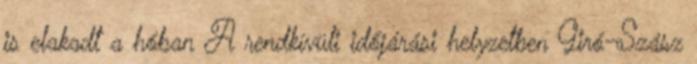
is elakadt a hóban A rendkívüli időjárási helyzetben Giró-Szász